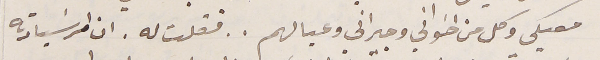
معيكي وكل من اخواني وجيراني وعيالهم . . فقلت له . ان امر سَيادته